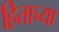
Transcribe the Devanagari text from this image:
हिताच्‍या